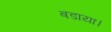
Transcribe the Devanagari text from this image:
बडाया।